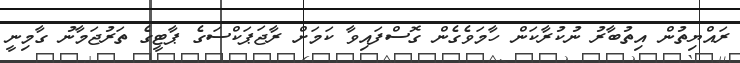
ރައްޔިތުން އިތުބާރު ނުކުރާކަން ހާމަވެގެން ގޮސްފައިވާ ކަމަށް ރާޖަޕަކްސަގެ ޕާޓީގެ ތަރުޖަމާނު ގާމިނީ